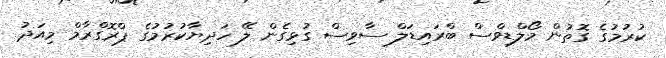
ކުރުމުގެ ގޮތުން މޯލްޑިވްސް ބްރައިޑަލް ސާވިސް ގުޅިގެން ލޭ ހަދިޔާކުރުމުގެ ޕްރޮގްރާމް މިއަދު